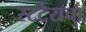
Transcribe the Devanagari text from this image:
स्टटेराचा